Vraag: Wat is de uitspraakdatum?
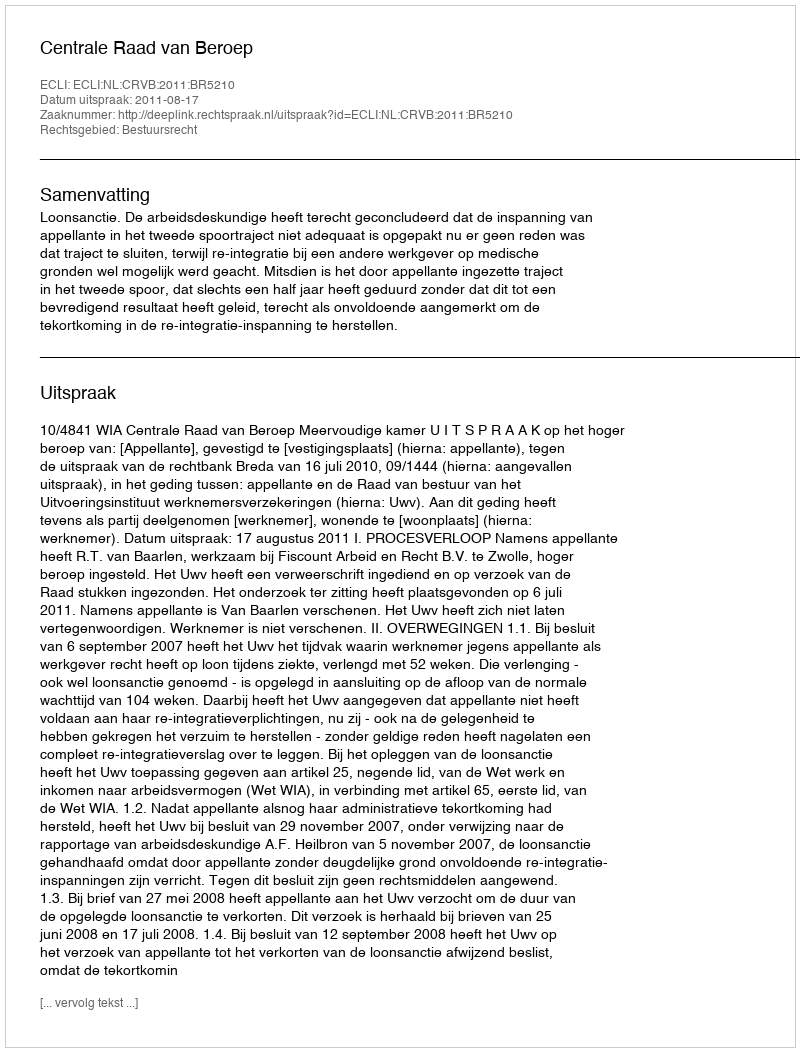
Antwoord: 2011-08-17